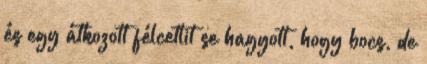
és egy átkozott félcetlit se hagyott, hogy bocs, de